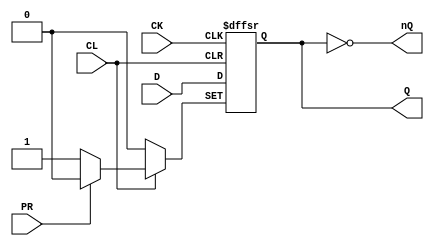
// This program was cloned from: https://github.com/furrtek/Arcade-TMNT_MiSTer
// License: GNU General Public License v2.0

// Fujitsu AV cell
// Power DFF with CLEAR and PRESET
// furrtek 2022

`timescale 1ns/100ps

module FD4(
	input CK,
	input D,
	input PR, CL,
	output reg Q = 1'b0,
	output nQ
);

	always @(negedge CK, negedge PR, negedge CL) begin
		if (~PR)
			Q <= #1 1'b1;	// tmax = 5.7ns
		else if (~CL)
			Q <= #1 1'b0;	// tmax = 5.7ns (typo ?)
		else
			Q <= #1 D;		// tmax = 5.7ns (typo ?)
	end
	
	assign nQ = ~Q;

endmodule